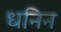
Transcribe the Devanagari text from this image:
धनिन